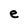
Character: e